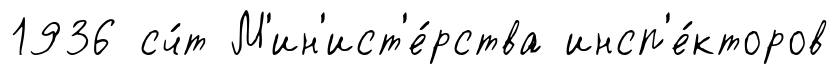
1936 сч́т М'ин'ист'е́рства инсп'е́кторов